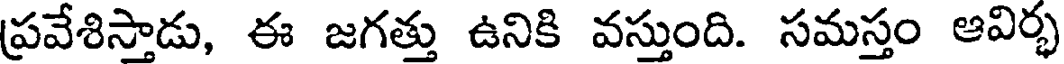
ప్రవేశిస్తాడు, ఈ జగత్తు ఉనికి వస్తుంది. సమస్తం ఆవిర్భ